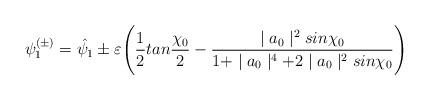
LaTeX: \begin{align*}\psi_1^{(\pm)} =\hat{\psi_1} \pm \varepsilon \Biggl(\frac{1}{2}tan\frac{\chi_0}{2} - \frac{\mid a_0\mid^2 sin\chi_0}{1+\mid a_0\mid^4+2\mid a_0\mid^2 sin\chi_0}\Biggr)\end{align*}